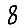
Digit: 8